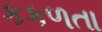
કકળતા